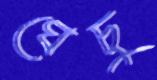
ঘেচু